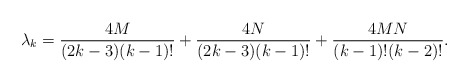
\begin{align*}\lambda_{k}= \frac{4M}{(2k-3)(k-1)!}+ \frac{4N}{(2k-3)(k-1)!}+\frac{4MN}{(k-1)!(k-2)!}.\end{align*}